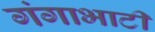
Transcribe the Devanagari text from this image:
गंगाभाटी